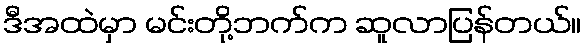
ဒီအထဲမှာ မင်းတို့ဘက်က ဆူလာပြန်တယ်။